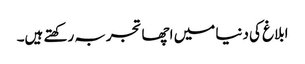
ابلاغ کی دنیا میں اچھا تجربہ رکھتے ہیں۔